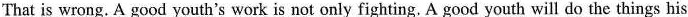
That is wrong. A good youth's work is not only fighting. A good youth will do the things his